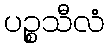
ပဉ္စသီလံ